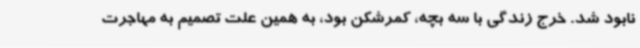
نابود شد. خرج زندگی با سه بچه، کمرشکن بود، به همین علت تصمیم به مهاجرت